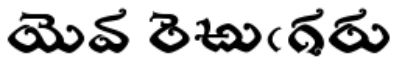
యెవ రెఱుఁగరు